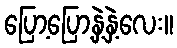
ပြော့ပြော့နှဲ့နှဲ့လေး။